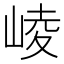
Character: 崚